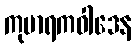
ကုမာရကဝါဒေန